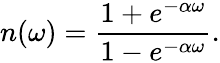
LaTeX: n(\omega)={\frac{1+e^{-\alpha\omega}}{1-e^{-\alpha\omega}}}.